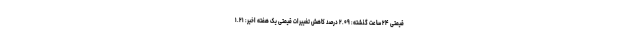
قیمتی ۲۴ ساعت گذشته: ۲.۰۹ درصد کاهش تغییرات قیمتی یک هفته اخیر: ۱.۲۱